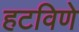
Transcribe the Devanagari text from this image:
हटविणे